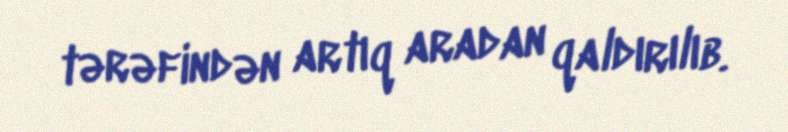
tərəfindən artıq aradan qaldırılıb.